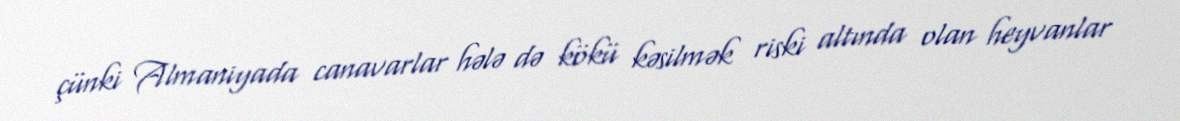
çünki Almaniyada canavarlar hələ də kökü kəsilmək riski altında olan heyvanlar